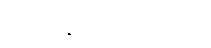
အရဟန္တဃာတကဝီသော